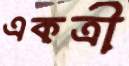
একত্রী